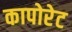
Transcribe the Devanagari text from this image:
कापोरेट